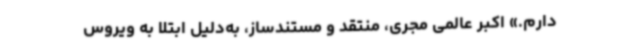
دارم.» اکبر عالمی مجری، منتقد و مستندساز، به‌دلیل ابتلا به ویروس